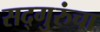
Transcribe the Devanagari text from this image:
सद्गुरुंचा